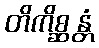
တိကိစ္ဆန္တံ